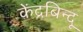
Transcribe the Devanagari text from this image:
केंद्रबिन्दू